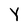
Character: Y